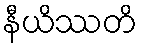
နီယိဿတိ